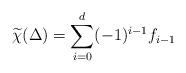
LaTeX: \begin{align*} \widetilde{\chi}(\Delta)=\sum_{i=0}^{d}(-1)^{i-1}f_{i-1}\end{align*}